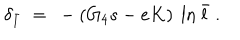
\delta _ { \bar { l } } ~ = ~ - ( G _ { 4 } s - e K ) ~ \ln \bar { l } ~ .